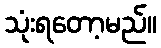
သုံးရတော့မည်။